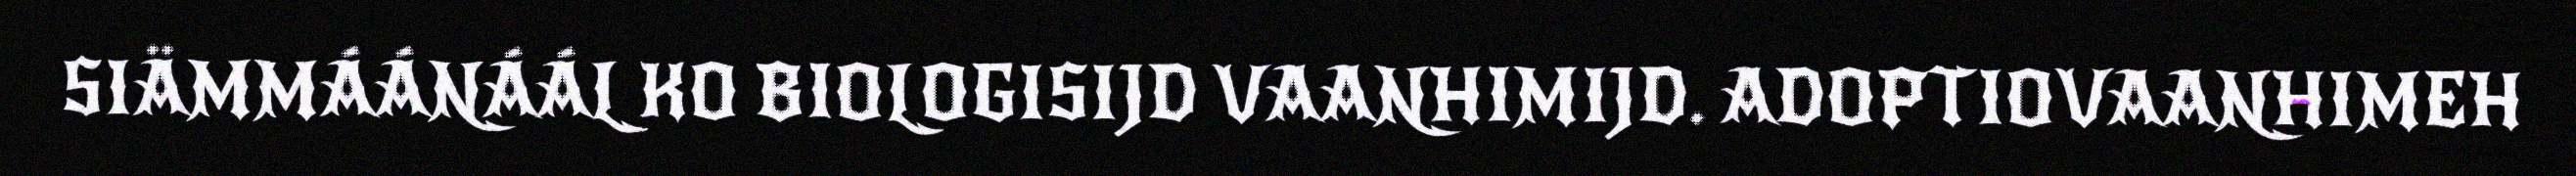
SIÄMMÁÁNÁÁL KO BIOLOGISIJD VAANHIMIJD. ADOPTIOVAANHIMEH